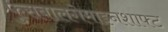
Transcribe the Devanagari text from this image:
फुसबालगेमाइनशाफ्ट